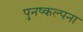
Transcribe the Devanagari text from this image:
पुनष्कल्पना